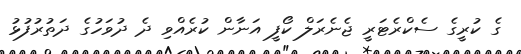
ގެ ކުރީގެ ސެކްރެޓަރީ ޖެނެރަލް ކޯފީ އަނާން ކުރެއްވި ދެ ދުވަހުގެ ދަތުރުފުޅު